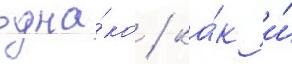
одна́ко / ка́к и́